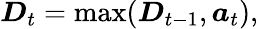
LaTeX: \boldsymbol{D}_{t}=\operatorname*{max}(\boldsymbol{D}_{t-1},\boldsymbol{a}_{t}),